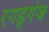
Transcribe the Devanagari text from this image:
रगड्गंज